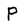
Character: P